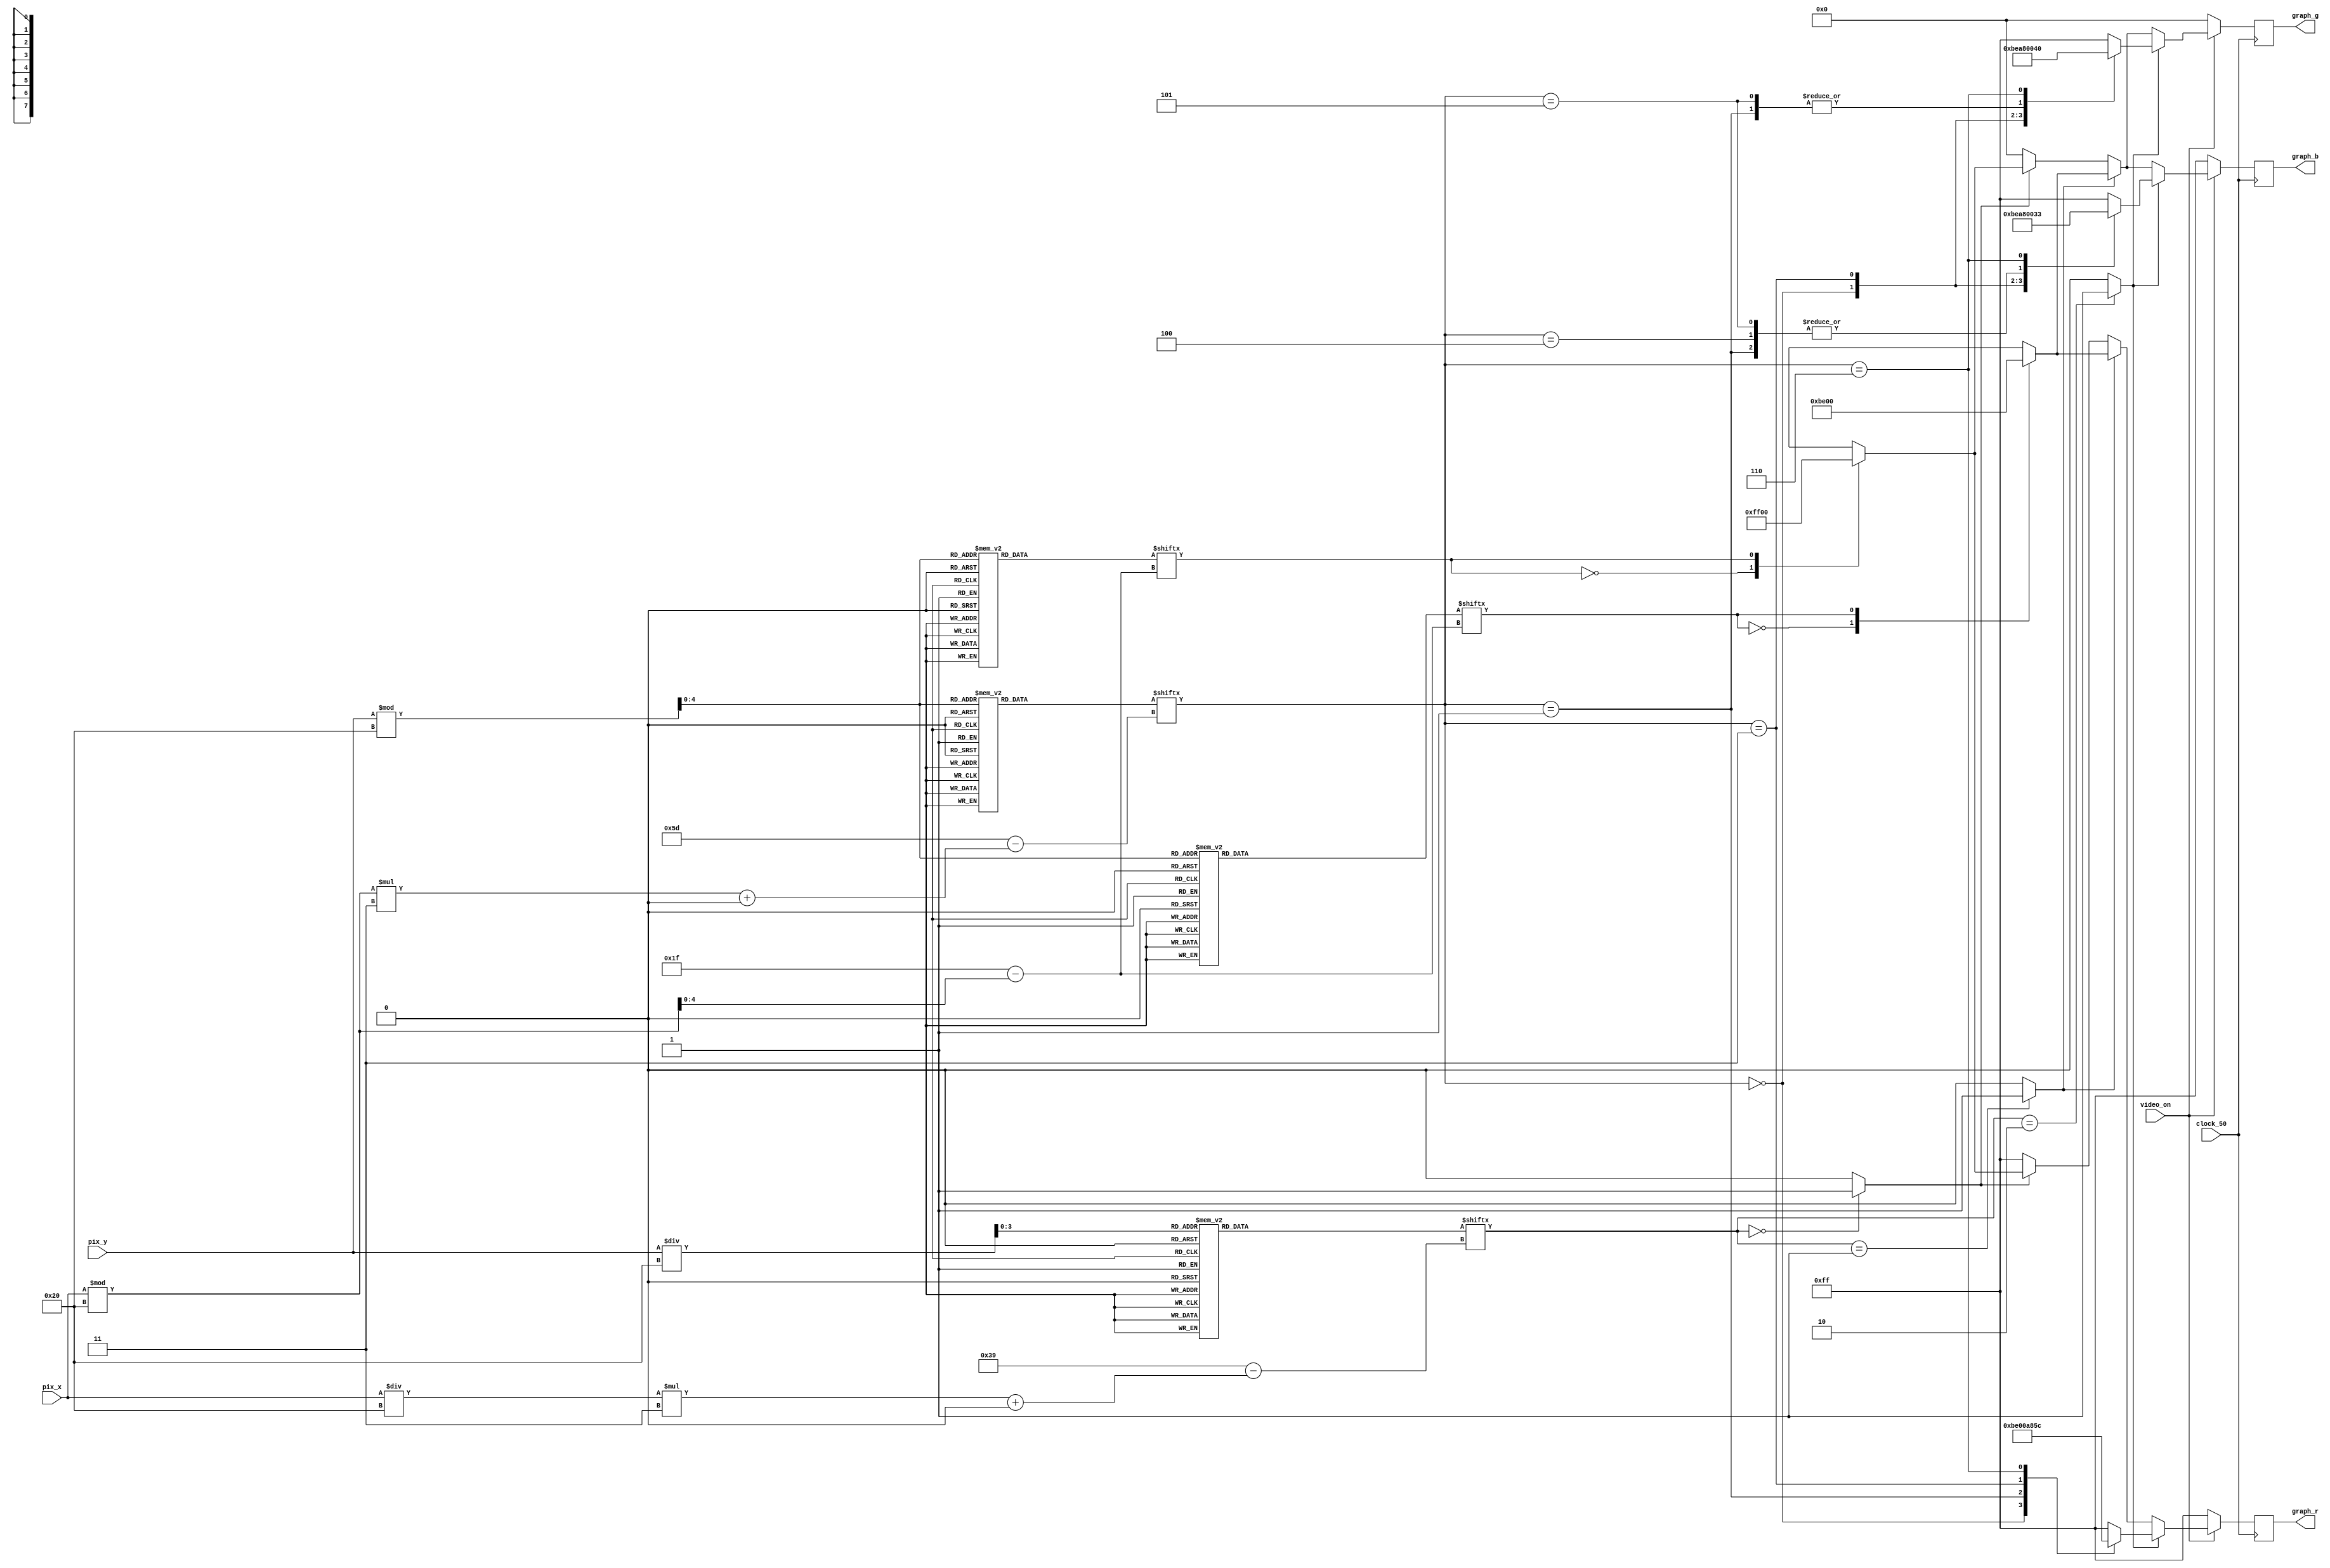
module graphics (clock_50, video_on, pix_x, pix_y, graph_r, graph_g, graph_b);
input wire clock_50, video_on;
input wire [9:0] pix_x, pix_y;
output reg [7:0] graph_r, graph_g, graph_b;

// posies mximas dos pixels do display de grfico
parameter MAX_X = 640;
parameter MAX_Y = 480;

// agora, os parmetros da coluna 
parameter WALL_X_L = 30;
parameter WALL_X_R = 40;

// internal wires
reg robot_on, free_path_block_on, wall_block_on;

// internal registers
reg [7:0] r_next, g_next, b_next;

// assignments
// map __________________________________________________________________
wire [3:0] map_y; 
wire [5:0] map_x;
reg [0:59] map_data;
always @(map_x or map_y) begin
	case(map_y)
		4'd0: map_data =  60'o0000_0000_0111_1110_0000;
		4'd1: map_data =  60'o0000_0000_0100_0010_0000;
		4'd2: map_data =  60'o0000_0100_0100_0011_1111;
		4'd3: map_data =  60'o0000_0111_1100_0000_0000;
		4'd4: map_data =  60'o0000_0100_0100_0000_1111;
		4'd5: map_data =  60'o0000_0100_0100_0111_1000;
		4'd6: map_data =  60'o1111_1100_0111_1100_0000;
		4'd7: map_data =  60'o1001_1100_0000_1011_1111;
		4'd8: map_data =  60'o1000_0100_0000_1001_0000;
		4'd9: map_data =  60'o2001_1111_1101_1111_0000;
		4'd10: map_data = 60'o0000_0000_0000_0000_0000;
		4'd11: map_data = 60'o0000_0000_0000_0000_0000;
		4'd12: map_data = 60'o0000_0000_0000_0000_0000;
		4'd13: map_data = 60'o0000_0000_0000_0000_0000;
		4'd14: map_data = 60'o0000_0000_0000_0000_0000;
		default: map_data = 60'o0000_0000_0000_0000_0000;
	endcase

	case(map_data[map_x +: 3]) // set flags on according to current map position being drawn
		3'd0: begin wall_block_on = 1'b1; free_path_block_on = 1'b0; robot_on = 1'b0; end
		3'd1: begin wall_block_on = 1'b0; free_path_block_on = 1'b1; robot_on = 1'b0; end
		3'd2: begin wall_block_on = 1'b0; free_path_block_on = 1'b0; robot_on = 1'b1; end
		default: begin wall_block_on = 1'b0; free_path_block_on = 1'b0; robot_on = 1'b0; end
	endcase
end
// map x (0:19) and y (0:14) represent the coordinates of the map blocks
assign map_y = pix_y / 32;
assign map_x = (pix_x / 32) * 3; // (*3 is because each block is represented by 3 bits)
// map __________________________________________________________________

// robot ________________________________________________________________
reg [0:95] robot_data;
wire [4:0] robot_block_y;
wire [6:0] robot_block_x;
always @(robot_block_y) begin
	case(robot_block_y) // ROM memory of Wall-e pixels
		5'd0: robot_data =  96'o1111_1111_1111_1111_1111_1111_1111_1111;
		5'd1: robot_data =  96'o1000_0000_0000_0000_0000_0000_0000_0001;
		5'd2: robot_data =  96'o1000_0000_0000_0000_0000_0000_0000_0001;
		5'd3: robot_data =  96'o1000_0000_0000_0000_0000_0000_0000_0001;
		5'd4: robot_data =  96'o1000_0000_0000_0100_0001_0000_0000_0001;
		5'd5: robot_data =  96'o1000_0000_0000_1110_0011_1000_0000_0001;
		5'd6: robot_data =  96'o1000_0000_0001_1211_1112_1100_0000_0001;
		5'd7: robot_data =  96'o1000_0000_0011_2221_1122_2110_0000_0001;
		5'd8: robot_data =  96'o1000_0000_0112_2221_1122_2211_0000_0001;
		5'd9: robot_data =  96'o1000_0000_1122_1122_1221_1221_1000_0001;
		5'd10: robot_data = 96'o1000_0001_1221_3212_1212_3122_1100_0001;
		5'd11: robot_data = 96'o1000_0011_2221_3312_1213_3122_2110_0001;
		5'd12: robot_data = 96'o1000_0012_2222_1122_1221_1222_2210_0001;
		5'd13: robot_data = 96'o1000_0012_2222_2221_6122_2222_2210_0001;
		5'd14: robot_data = 96'o1000_0012_2222_2221_6122_2222_2210_0001;
		5'd15: robot_data = 96'o1000_0001_2222_2211_6112_2222_2100_0001;
		5'd16: robot_data = 96'o1000_0000_1111_1111_6111_1111_1000_0001;
		5'd17: robot_data = 96'o1000_0000_0000_0001_6100_0000_0000_0001;
		5'd18: robot_data = 96'o1000_0000_0006_6666_6666_6600_0000_0001;
		5'd19: robot_data = 96'o1000_0000_6666_3333_3333_3666_6000_0001;
		5'd20: robot_data = 96'o1000_0000_6336_6666_6666_6633_6000_0001;
		5'd21: robot_data = 96'o1000_0000_6334_4111_1111_4433_6000_0001;
		5'd22: robot_data = 96'o1000_0000_6364_4144_4441_4463_6000_0001;
		5'd23: robot_data = 96'o1000_0000_0664_4144_4441_4466_0000_0001;
		5'd24: robot_data = 96'o1000_0000_0114_4144_4551_4411_0000_0001;
		5'd25: robot_data = 96'o1000_0000_0114_4444_4554_4411_0000_0001;
		5'd26: robot_data = 96'o1000_0000_0111_1100_0001_1111_0000_0001;
		5'd27: robot_data = 96'o1000_0000_0111_1100_0001_1111_0000_0001;
		5'd28: robot_data = 96'o1000_0000_0000_0000_0000_0000_0000_0001;
		5'd29: robot_data = 96'o1000_0000_0000_0000_0000_0000_0000_0001;
		5'd30: robot_data = 96'o1000_0000_0000_0000_0000_0000_0000_0001;
		5'd31: robot_data = 96'o1111_1111_1111_1111_1111_1111_1111_1111;
	endcase
end

// robot x and y go from 0 to 31 and represent relative position of the pixel on the 32x32 block
assign robot_block_y = pix_y % 32;
assign robot_block_x = (pix_x % 32) * 3; // (*3 is because each color is represented by 3 bits)
// robot ________________________________________________________________

// wall_block __________________________________________________________
wire [4:0] wall_block_y, wall_block_x;
reg [0:31] wall_block_data;
always @(wall_block_y) begin
	case(wall_block_y)
		5'd0: wall_block_data =  32'b1111_1111_1111_1111_1111_1111_1111_1111;
		5'd1: wall_block_data =  32'b1000_0000_0000_0000_0000_0000_0000_0001;
		5'd2: wall_block_data =  32'b1000_0000_0000_0000_0000_0000_0000_0001;
		5'd3: wall_block_data =  32'b1000_0000_0000_0000_0000_0000_0000_0001;
		5'd4: wall_block_data =  32'b1000_0000_0000_0000_0000_0000_0000_0001;
		5'd5: wall_block_data =  32'b1000_0000_0000_0000_0000_0000_0000_0001;
		5'd6: wall_block_data =  32'b1000_0000_0000_0000_0000_0000_0000_0001;
		5'd7: wall_block_data =  32'b1000_0000_0000_0000_0000_0000_0000_0001;
		5'd8: wall_block_data =  32'b1000_0000_0000_0000_0000_0000_0000_0001;
		5'd9: wall_block_data =  32'b1000_0000_0000_0000_0000_0000_0000_0001;
		5'd10: wall_block_data = 32'b1000_0000_0000_0000_0000_0000_0000_0001;
		5'd11: wall_block_data = 32'b1000_0000_0000_0000_0000_0000_0000_0001;
		5'd12: wall_block_data = 32'b1000_0000_0000_0000_0000_0000_0000_0001;
		5'd13: wall_block_data = 32'b1000_0000_0000_0000_0000_0000_0000_0001;
		5'd14: wall_block_data = 32'b1000_0000_0000_0000_0000_0000_0000_0001;
		5'd15: wall_block_data = 32'b1000_0000_0000_0000_0000_0000_0000_0001;
		5'd16: wall_block_data = 32'b1000_0000_0000_0000_0000_0000_0000_0001;
		5'd17: wall_block_data = 32'b1000_0000_0000_0000_0000_0000_0000_0001;
		5'd18: wall_block_data = 32'b1000_0000_0000_0000_0000_0000_0000_0001;
		5'd19: wall_block_data = 32'b1000_0000_0000_0000_0000_0000_0000_0001;
		5'd20: wall_block_data = 32'b1000_0000_0000_0000_0000_0000_0000_0001;
		5'd21: wall_block_data = 32'b1000_0000_0000_0000_0000_0000_0000_0001;
		5'd22: wall_block_data = 32'b1000_0000_0000_0000_0000_0000_0000_0001;
		5'd23: wall_block_data = 32'b1000_0000_0000_0000_0000_0000_0000_0001;
		5'd24: wall_block_data = 32'b1000_0000_0000_0000_0000_0000_0000_0001;
		5'd25: wall_block_data = 32'b1000_0000_0000_0000_0000_0000_0000_0001;
		5'd26: wall_block_data = 32'b1000_0000_0000_0000_0000_0000_0000_0001;
		5'd27: wall_block_data = 32'b1000_0000_0000_0000_0000_0000_0000_0001;
		5'd28: wall_block_data = 32'b1000_0000_0000_0000_0000_0000_0000_0001;
		5'd29: wall_block_data = 32'b1000_0000_0000_0000_0000_0000_0000_0001;
		5'd30: wall_block_data = 32'b1000_0000_0000_0000_0000_0000_0000_0001;
		5'd31: wall_block_data = 32'b1111_1111_1111_1111_1111_1111_1111_1111;
	endcase
end
// wall_block y and x go from 0 to 31 and represent relative position of the pixel on the 32x32 block
assign wall_block_y = pix_y % 32;
assign wall_block_x = pix_x % 32; // colors here are represented by 1 bit
// wall_block __________________________________________________________

// free_path_block ________________________________________________________________
wire [4:0] free_path_block_y, free_path_block_x;
reg [0:31] free_path_block_data;
always @(free_path_block_y) begin
	case(free_path_block_y)
		5'd0: free_path_block_data =  32'b1111_1111_1111_1111_1111_1111_1111_1111;
		5'd1: free_path_block_data =  32'b1000_0000_0000_0000_0000_0000_0000_0001;
		5'd2: free_path_block_data =  32'b1000_0000_0000_0000_0000_0000_0000_0001;
		5'd3: free_path_block_data =  32'b1000_0000_0000_0000_0000_0000_0000_0001;
		5'd4: free_path_block_data =  32'b1000_0000_0000_0000_0000_0000_0000_0001;
		5'd5: free_path_block_data =  32'b1000_0000_0000_0000_0000_0000_0000_0001;
		5'd6: free_path_block_data =  32'b1000_0000_0000_0000_0000_0000_0000_0001;
		5'd7: free_path_block_data =  32'b1000_0000_0000_0000_0000_0000_0000_0001;
		5'd8: free_path_block_data =  32'b1000_0000_0000_0000_0000_0000_0000_0001;
		5'd9: free_path_block_data =  32'b1000_0000_0000_0000_0000_0000_0000_0001;
		5'd10: free_path_block_data = 32'b1000_0000_0000_0000_0000_0000_0000_0001;
		5'd11: free_path_block_data = 32'b1000_0000_0000_0000_0000_0000_0000_0001;
		5'd12: free_path_block_data = 32'b1000_0000_0000_0000_0000_0000_0000_0001;
		5'd13: free_path_block_data = 32'b1000_0000_0000_0000_0000_0000_0000_0001;
		5'd14: free_path_block_data = 32'b1000_0000_0000_0000_0000_0000_0000_0001;
		5'd15: free_path_block_data = 32'b1000_0000_0000_0000_0000_0000_0000_0001;
		5'd16: free_path_block_data = 32'b1000_0000_0000_0000_0000_0000_0000_0001;
		5'd17: free_path_block_data = 32'b1000_0000_0000_0000_0000_0000_0000_0001;
		5'd18: free_path_block_data = 32'b1000_0000_0000_0000_0000_0000_0000_0001;
		5'd19: free_path_block_data = 32'b1000_0000_0000_0000_0000_0000_0000_0001;
		5'd20: free_path_block_data = 32'b1000_0000_0000_0000_0000_0000_0000_0001;
		5'd21: free_path_block_data = 32'b1000_0000_0000_0000_0000_0000_0000_0001;
		5'd22: free_path_block_data = 32'b1000_0000_0000_0000_0000_0000_0000_0001;
		5'd23: free_path_block_data = 32'b1000_0000_0000_0000_0000_0000_0000_0001;
		5'd24: free_path_block_data = 32'b1000_0000_0000_0000_0000_0000_0000_0001;
		5'd25: free_path_block_data = 32'b1000_0000_0000_0000_0000_0000_0000_0001;
		5'd26: free_path_block_data = 32'b1000_0000_0000_0000_0000_0000_0000_0001;
		5'd27: free_path_block_data = 32'b1000_0000_0000_0000_0000_0000_0000_0001;
		5'd28: free_path_block_data = 32'b1000_0000_0000_0000_0000_0000_0000_0001;
		5'd29: free_path_block_data = 32'b1000_0000_0000_0000_0000_0000_0000_0001;
		5'd30: free_path_block_data = 32'b1000_0000_0000_0000_0000_0000_0000_0001;
		5'd31: free_path_block_data = 32'b1111_1111_1111_1111_1111_1111_1111_1111;
	endcase
end
// free_path_block x and y go from 0 to 31 and represent relative position of the pixel on the 32x32 block
assign free_path_block_y = pix_y % 32;
assign free_path_block_x = pix_x % 32; // colors here are represented by 1 bit
// free_path_block ________________________________________________________________

always @* begin
	if (~video_on) begin
        // emit pink when not in video_on
		r_next = 8'd255;
		g_next = 8'd0;
		b_next = 8'd255;
		end
	else if(robot_on) begin
		case(robot_data[robot_block_x +: 3]) 
            3'd0: begin r_next = 8'd190; g_next = 8'd190; b_next = 8'd190; end //grey
            3'd1: begin r_next = 8'd0; g_next = 8'd0; b_next = 8'd0; end //black
            3'd2: begin r_next = 8'd255; g_next = 8'd255; b_next = 8'd255; end //white
            3'd3: begin r_next = 8'd168; g_next = 8'd168; b_next = 8'd168; end //grey (darker)
            3'd4: begin r_next = 8'd255; g_next = 8'd255; b_next = 8'd0; end //yellow
            3'd5: begin r_next = 8'd255; g_next = 8'd0; b_next = 8'd0; end //red
            3'd6: begin r_next = 8'd92; g_next = 8'd64; b_next = 8'd51; end //brown
            default: begin r_next = 8'd255; g_next = 8'd255; b_next = 8'd255; end // white
		endcase
	end
	else if(free_path_block_on) begin
		case(free_path_block_data[free_path_block_x])
            1'b0: begin r_next = 8'd190; g_next = 8'd190; b_next = 8'd190; end // grey
            1'b1: begin r_next = 8'd0; g_next = 8'd0; b_next = 8'd0; end //black
            default: begin r_next = 8'd255; g_next = 8'd255; b_next = 8'd255; end //white
		endcase
	end
	else if(wall_block_on) begin
		case(wall_block_data[wall_block_x])
            1'b0: begin r_next = 8'd255; g_next = 8'd255; b_next = 8'd255; end // white
            1'b1: begin r_next = 8'd0; g_next = 8'd0; b_next = 8'd0; end //black
            default: begin r_next = 8'd255; g_next = 8'd255; b_next = 8'd255; end //white
		endcase
	end
	else begin
        // emit red when not in any block
		r_next = 8'd255;
		g_next = 8'd0;
		b_next = 8'd0;
	end
end

always @(posedge clock_50) begin
    graph_r <= r_next;
    graph_g <= g_next;
    graph_b <= b_next;
end

endmodule